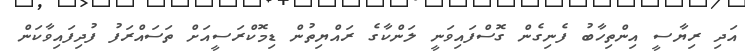
އަދި ރިޔާސީ އިންތިހާބު ފެނިގެން ގޮސްފައިވަނީ ލަންކާގެ ރައްޔިތުން ޑިމޮކްރަސީއަށް ތަސައްރަފު ފުދިފައިވާކަން